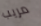
مريب